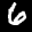
Label: 6